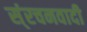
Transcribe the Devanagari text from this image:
स्ंरचनवादी